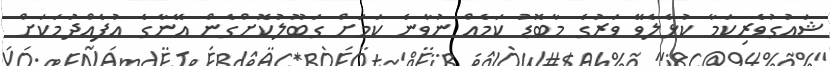
ޝައުގުވެރިކަމާ ކުޅެލެވޭ ވަރުގެ މާބޮޑު ކަމެއް ނުވާނެ ކަމަށް ގަބޫލުކޮށްގެން އޭނާގެ އުފެއްދުމަކަށް